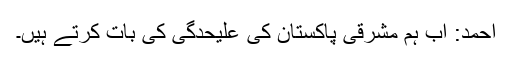
احمد: اب ہم مشرقی پاکستان کی علیحدگی کی بات کرتے ہیں۔